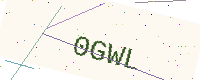
Text: 0GWL